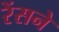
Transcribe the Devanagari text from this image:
रेंसने